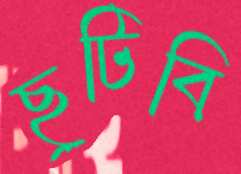
ছুটিবি